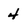
Character: 4